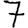
Digit: 7